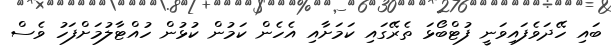
ބައި ހޭދަވެފައިވަނީ ފުޓްބޯޅަ ތެރޭގައި ކަމަށާއި އެހެން ކަމުން ކުޅުން ހުއްޓާލުމަށްފަހު ވެސް